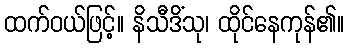
ထက်ဝယ်ဖြင့်။ နိသီဒိံသု၊ ထိုင်နေကုန်၏။